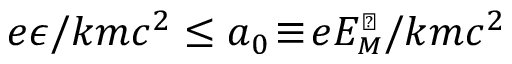
e \epsilon / k m c ^ { 2 } \le a _ { 0 } \! \equiv \! e E _ { \scriptscriptstyle M } ^ { \scriptscriptstyle \perp } / k m c ^ { 2 }